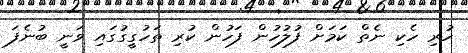
ހުރި ހެކި ނެތް ކަމަށް ފުލުހުން ފަހުން ކުރި ތަހުގީގުގައި ވަނީ ބުނެފަ